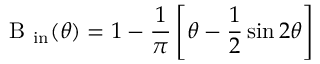
\textrm { B } _ { \mathrm { { i n } } } ( \theta ) = 1 - \frac { 1 } { \pi } \left[ \theta - \frac { 1 } { 2 } \sin 2 \theta \right]